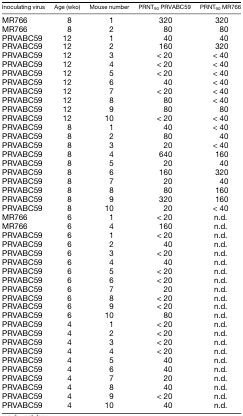
<table><thead><tr><td><b>Inoculating virus</b></td><td><b>Age (wko)</b></td><td><b>Mouse number</b></td><td><b>PRNT<sub>90</sub> PRVABC59</b></td><td><b>PRNT<sub>90</sub> MR766</b></td></tr></thead><tbody><tr><td>MR766</td><td>8</td><td>1</td><td>320</td><td>320</td></tr><tr><td>MR766</td><td>8</td><td>2</td><td>80</td><td>80</td></tr><tr><td>PRVABC59</td><td>12</td><td>1</td><td>40</td><td>40</td></tr><tr><td>PRVABC59</td><td>12</td><td>2</td><td>160</td><td>320</td></tr><tr><td>PRVABC59</td><td>12</td><td>3</td><td>&lt; 20</td><td>&lt; 40</td></tr><tr><td>PRVABC59</td><td>12</td><td>4</td><td>&lt; 20</td><td>&lt; 40</td></tr><tr><td>PRVABC59</td><td>12</td><td>5</td><td>&lt; 20</td><td>&lt; 40</td></tr><tr><td>PRVABC59</td><td>12</td><td>6</td><td>40</td><td>&lt; 40</td></tr><tr><td>PRVABC59</td><td>12</td><td>7</td><td>&lt; 20</td><td>&lt; 40</td></tr><tr><td>PRVABC59</td><td>12</td><td>8</td><td>80</td><td>&lt; 40</td></tr><tr><td>PRVABC59</td><td>12</td><td>9</td><td>80</td><td>80</td></tr><tr><td>PRVABC59</td><td>12</td><td>10</td><td>&lt; 20</td><td>&lt; 40</td></tr><tr><td>PRVABC59</td><td>8</td><td>1</td><td>40</td><td>&lt; 40</td></tr><tr><td>PRVABC59</td><td>8</td><td>2</td><td>80</td><td>40</td></tr><tr><td>PRVABC59</td><td>8</td><td>3</td><td>20</td><td>&lt; 40</td></tr><tr><td>PRVABC59</td><td>8</td><td>4</td><td>640</td><td>160</td></tr><tr><td>PRVABC59</td><td>8</td><td>5</td><td>20</td><td>40</td></tr><tr><td>PRVABC59</td><td>8</td><td>6</td><td>160</td><td>320</td></tr><tr><td>PRVABC59</td><td>8</td><td>7</td><td>20</td><td>40</td></tr><tr><td>PRVABC59</td><td>8</td><td>8</td><td>80</td><td>160</td></tr><tr><td>PRVABC59</td><td>8</td><td>9</td><td>320</td><td>160</td></tr><tr><td>PRVABC59</td><td>8</td><td>10</td><td>20</td><td>&lt; 40</td></tr><tr><td>MR766</td><td>6</td><td>1</td><td>&lt; 20</td><td>n.d.</td></tr><tr><td>MR766</td><td>6</td><td>4</td><td>160</td><td>n.d.</td></tr><tr><td>PRVABC59</td><td>6</td><td>1</td><td>&lt; 20</td><td>n.d.</td></tr><tr><td>PRVABC59</td><td>6</td><td>2</td><td>40</td><td>n.d.</td></tr><tr><td>PRVABC59</td><td>6</td><td>3</td><td>&lt; 20</td><td>n.d.</td></tr><tr><td>PRVABC59</td><td>6</td><td>4</td><td>40</td><td>n.d.</td></tr><tr><td>PRVABC59</td><td>6</td><td>5</td><td>&lt; 20</td><td>n.d.</td></tr><tr><td>PRVABC59</td><td>6</td><td>6</td><td>&lt; 20</td><td>n.d.</td></tr><tr><td>PRVABC59</td><td>6</td><td>7</td><td>20</td><td>n.d.</td></tr><tr><td>PRVABC59</td><td>6</td><td>8</td><td>&lt; 20</td><td>n.d.</td></tr><tr><td>PRVABC59</td><td>6</td><td>9</td><td>&lt; 20</td><td>n.d.</td></tr><tr><td>PRVABC59</td><td>6</td><td>10</td><td>80</td><td>n.d.</td></tr><tr><td>PRVABC59</td><td>4</td><td>1</td><td>&lt; 20</td><td>n.d.</td></tr><tr><td>PRVABC59</td><td>4</td><td>2</td><td>&lt; 20</td><td>n.d.</td></tr><tr><td>PRVABC59</td><td>4</td><td>3</td><td>&lt; 20</td><td>n.d.</td></tr><tr><td>PRVABC59</td><td>4</td><td>4</td><td>&lt; 20</td><td>n.d.</td></tr><tr><td>PRVABC59</td><td>4</td><td>5</td><td>40</td><td>n.d.</td></tr><tr><td>PRVABC59</td><td>4</td><td>6</td><td>40</td><td>n.d.</td></tr><tr><td>PRVABC59</td><td>4</td><td>7</td><td>20</td><td>n.d.</td></tr><tr><td>PRVABC59</td><td>4</td><td>8</td><td>40</td><td>n.d.</td></tr><tr><td>PRVABC59</td><td>4</td><td>9</td><td>&lt; 20</td><td>n.d.</td></tr><tr><td>PRVABC59</td><td>4</td><td>10</td><td>40</td><td>n.d.</td></tr></tbody></table>